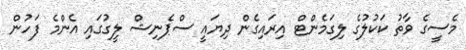
މެސީގެ ވާތު ކަކުލުގެ ލިގަމެންޓް އިރައިގެން ދިޔައީ ސްޕެނިޝް ލީގުގައި އެންމެ ފަހުން